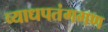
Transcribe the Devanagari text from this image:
व्याधपतंगगण